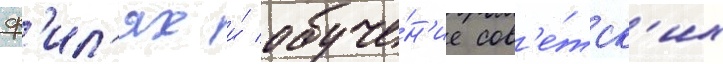
ф'ил'ях и́ обуче́н'ие сов'е́тск'их